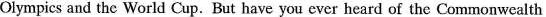
Olympics and the World Cup. But have you ever heard of the Commonwealth